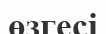
өзгесі